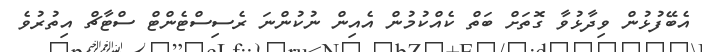
އެބޭފުޅުން ވިދާޅުވާ ގޮތަށް ބަތް ކެއްކުމުން އެއިން ނުކުންނަ ރެސިސްޓެންޓް ސްޓާޗް އިތުރުވެ